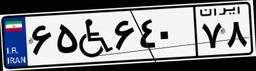
۶۵W۶۴۰۷۸